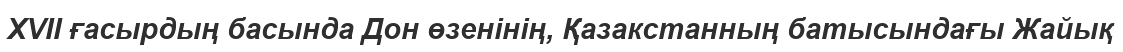
XVII ғасырдың басында Дон өзенінің, Қазакстанның батысындағы Жайық